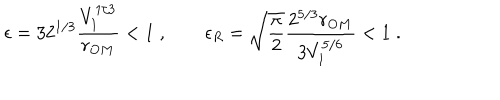
\epsilon = 3 2 ^ { 1 / 3 } \frac { V _ { 1 } ^ { 1 / 3 } } { r _ { O M } } < 1 \; , \qquad \epsilon _ { R } = \sqrt { \frac { \pi } { 2 } } \frac { 2 ^ { 5 / 3 } r _ { O M } } { 3 V _ { 1 } ^ { 5 / 6 } } < 1 \; .